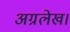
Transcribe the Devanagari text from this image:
अग्रलेख।